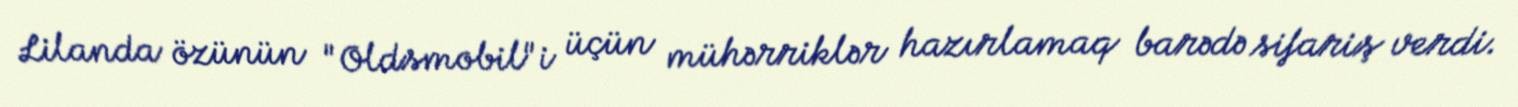
Lilanda özünün "Oldsmobil"i üçün mühərriklər hazırlamaq barədə sifariş verdi.